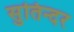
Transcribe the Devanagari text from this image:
सुतिन्दर